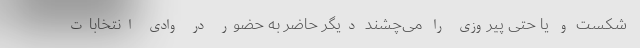
شکست و یا حتی پیروزی را می‌چشند دیگر حاضر به حضور در وادی انتخابات